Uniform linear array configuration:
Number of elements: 4
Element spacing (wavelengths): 0.25
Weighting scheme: blackman
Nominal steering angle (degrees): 45
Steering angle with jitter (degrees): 46.214
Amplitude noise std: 0.05
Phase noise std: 0.05

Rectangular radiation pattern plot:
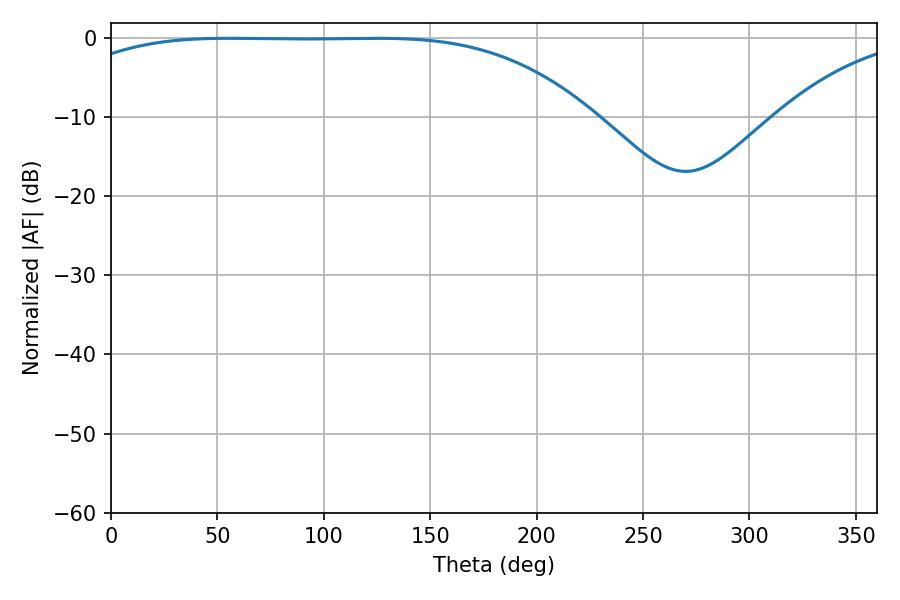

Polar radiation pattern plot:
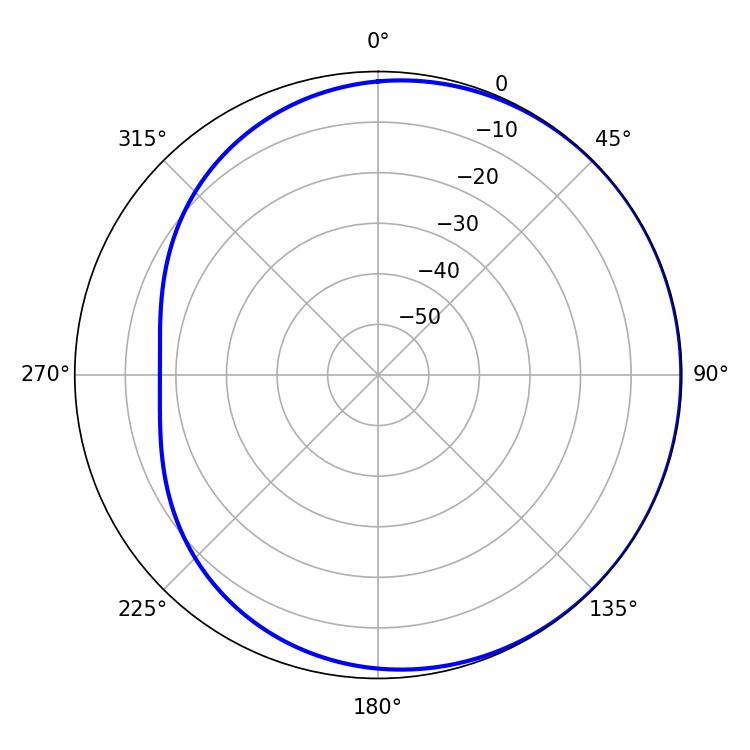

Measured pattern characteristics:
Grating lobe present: FALSE
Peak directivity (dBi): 0.6803
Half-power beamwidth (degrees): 190.08
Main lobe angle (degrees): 55.44